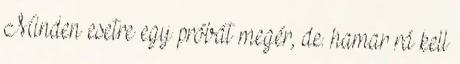
Minden esetre egy próbát megér, de. hamar rá kell